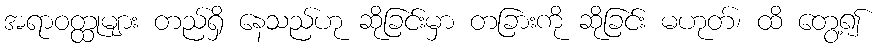
အရာဝတ္ထုများ တည်ရှိ နေသည်ဟု ဆိုခြင်းမှာ တခြားကို ဆိုခြင်း မဟုတ်၊ ထိ တွေ့၍